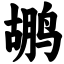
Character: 鹕